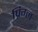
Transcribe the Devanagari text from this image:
प्रिग्ल